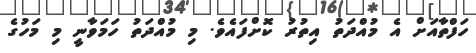
ހަފްތާއަށް އެ މުއްދަތު އިތުރު ކޮށްފައެވެ. މި މުއްދަތު ހަމަވާނީ މި މަހުގެ